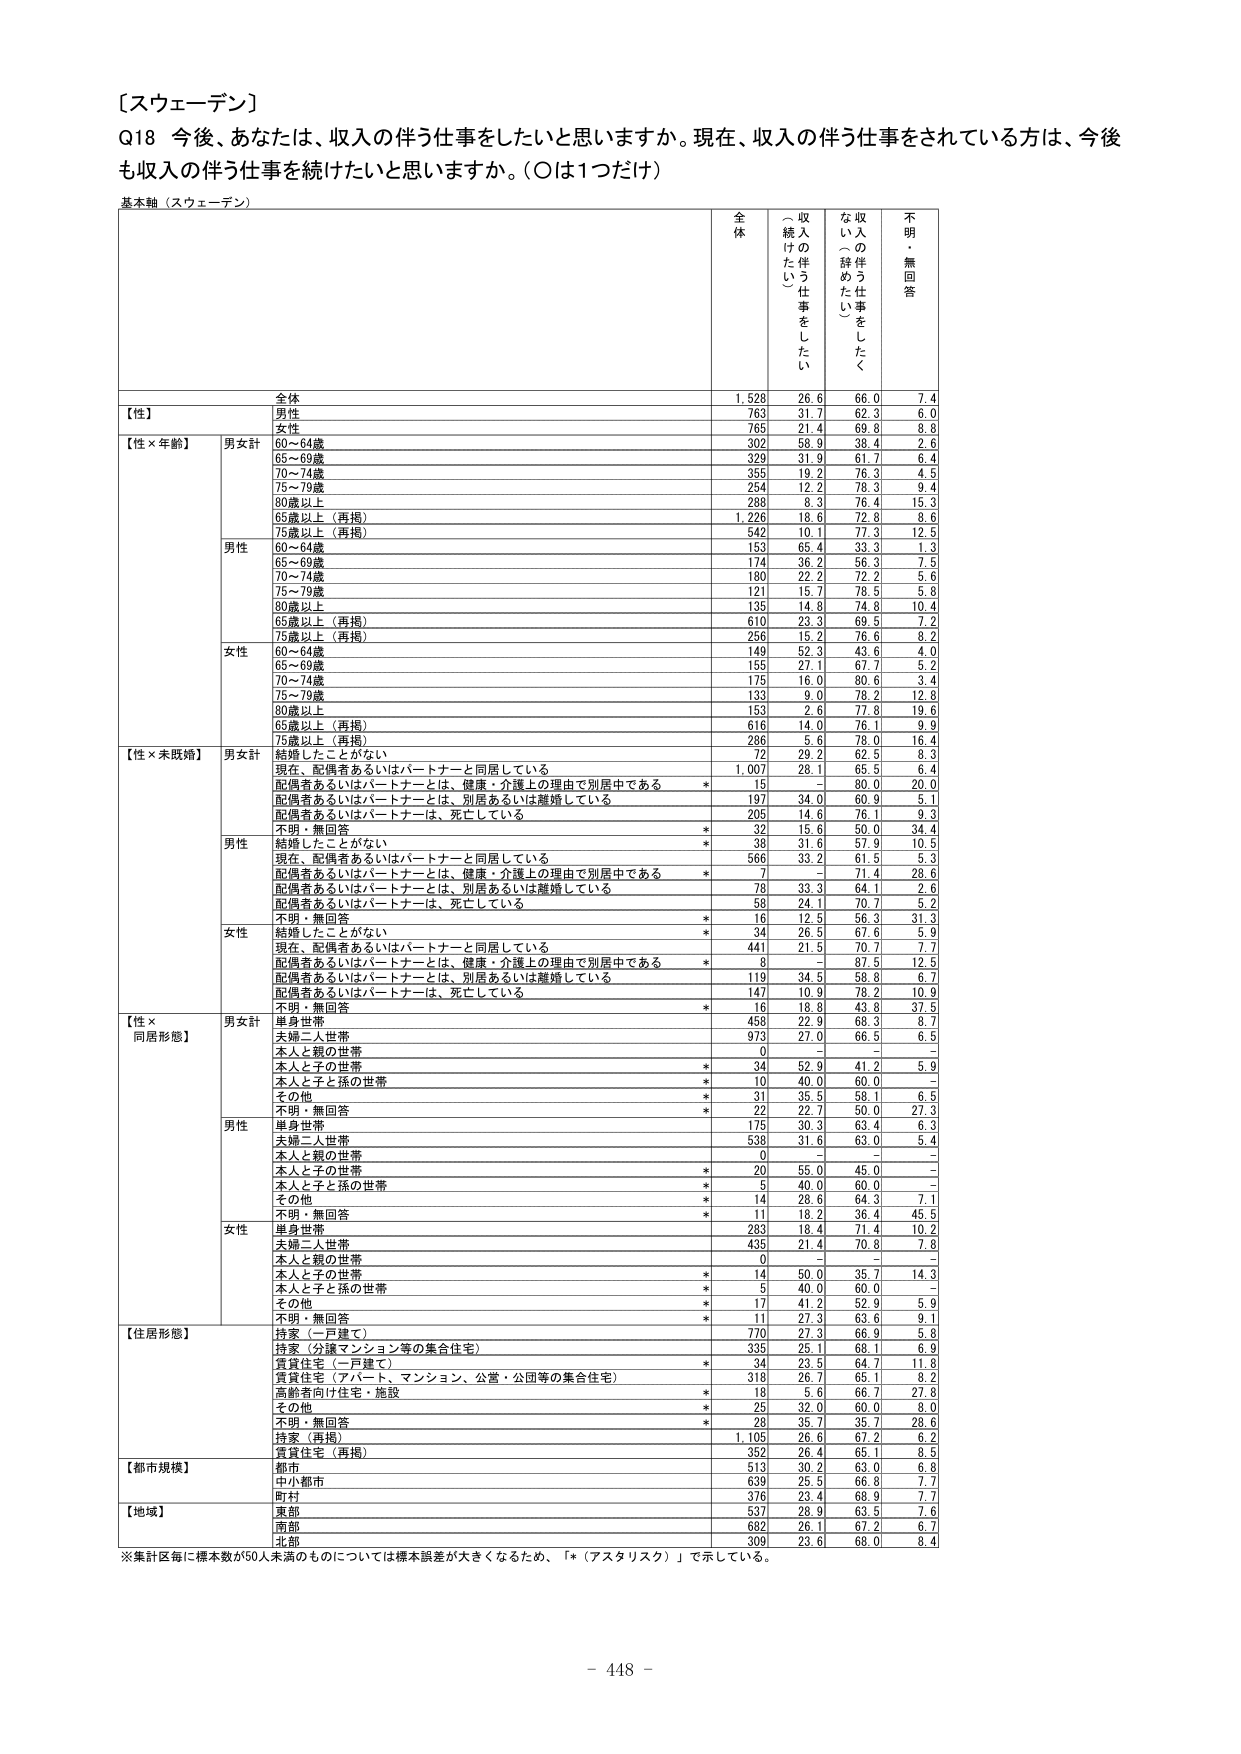
〔スウェーデン〕
Q18 今後、あなたは、収入の伴う仕事をしたいと思いますか。現在、収入の伴う仕事をされている方は、今後も収入の伴う仕事を続けたいと思いますか。（○は1つだけ）

基本軸（スウェーデン）

全 体
収入の伴う仕事をしたい
収入の伴う仕事をしたくない（辞めたい）
不明・無回答

全体
1,528
26.6
66.0
7.4

【性】
男性
763
31.7
62.3
6.0
女性
765
21.4
69.8
8.8

【性×年齢】
男女計
60～64歳
302
58.9
38.4
2.6
65～69歳
329
31.9
61.7
6.4
70～74歳
355
19.2
76.3
4.5
75～79歳
254
12.2
78.3
9.4
80歳以上
288
8.3
76.4
15.3
65歳以上（再掲）
1,226
18.6
72.8
8.6
75歳以上（再掲）
542
10.1
77.3
12.5

男性
60～64歳
153
65.4
33.3
1.3
65～69歳
174
36.2
56.3
7.5
70～74歳
180
22.2
72.2
5.6
75～79歳
121
15.7
78.5
5.8
80歳以上
135
14.8
74.8
10.4
65歳以上（再掲）
610
23.3
69.5
7.2
75歳以上（再掲）
256
15.2
76.6
8.2

女性
60～64歳
149
52.3
43.6
4.0
65～69歳
155
27.1
67.7
5.2
70～74歳
175
16.0
80.6
3.4
75～79歳
133
9.0
78.2
12.8
80歳以上
153
2.6
77.8
19.6
65歳以上（再掲）
616
14.0
76.1
9.9
75歳以上（再掲）
286
5.6
78.0
16.4

【性×未婚婚】
男女計
結婚したことがない
72
29.2
62.5
8.3
現在、配偶者あるいはパートナーと同居している
1,007
28.1
65.5
6.4
配偶者あるいはパートナーとは、健康・介護上の理由で別居中である
*
15
－
80.0
20.0
配偶者あるいはパートナーとは、別居あるいは離婚している
197
34.0
60.9
5.1
配偶者あるいはパートナーは、死亡している
205
14.6
76.1
9.3
不明・無回答
*
32
15.6
50.0
34.4

男性
結婚したことがない
*
38
31.6
57.9
10.5
現在、配偶者あるいはパートナーと同居している
566
33.2
61.5
5.3
配偶者あるいはパートナーとは、健康・介護上の理由で別居中である
*
7
－
71.4
28.6
配偶者あるいはパートナーとは、別居あるいは離婚している
78
33.3
64.1
2.6
配偶者あるいはパートナーは、死亡している
58
24.1
70.7
5.2
不明・無回答
*
16
12.5
56.3
31.3

女性
結婚したことがない
*
34
26.5
67.6
5.9
現在、配偶者あるいはパートナーと同居している
441
21.5
70.7
7.7
配偶者あるいはパートナーとは、健康・介護上の理由で別居中である
*
8
－
87.5
12.5
配偶者あるいはパートナーとは、別居あるいは離婚している
119
34.5
58.8
6.7
配偶者あるいはパートナーは、死亡している
147
10.9
78.2
10.9
不明・無回答
*
16
18.8
43.8
37.5

【性×同居形態】
男女計
単身世帯
458
22.9
68.3
8.7
夫婦二人世帯
973
27.0
66.5
6.5
本人と親の世帯
*
0
－
－
－
本人と子の世帯
*
34
52.9
41.2
5.9
本人と子と孫の世帯
*
10
40.0
60.0
－
その他
*
31
35.5
58.1
6.5
不明・無回答
*
22
22.7
50.0
27.3

男性
単身世帯
175
30.3
63.4
6.3
夫婦二人世帯
538
31.6
63.0
5.4
本人と親の世帯
*
0
－
－
－
本人と子の世帯
*
20
55.0
45.0
－
本人と子と孫の世帯
*
5
40.0
60.0
－
その他
*
14
28.6
64.3
7.1
不明・無回答
*
11
18.2
36.4
45.5

女性
単身世帯
283
18.4
71.4
10.2
夫婦二人世帯
435
21.4
70.8
7.8
本人と親の世帯
*
0
－
－
－
本人と子の世帯
*
14
50.0
35.7
14.3
本人と子と孫の世帯
*
5
40.0
60.0
－
その他
*
17
41.2
52.9
5.9
不明・無回答
*
11
27.3
63.6
9.1

【住居形態】
持家（一戸建て）
770
27.3
66.9
5.8
持家（分譲マンション等の集合住宅）
335
25.1
68.1
6.9
賃貸住宅（一戸建て）
*
34
23.5
64.7
11.8
賃貸住宅（アパート、マンション、公営・公団等の集合住宅）
318
26.7
65.1
8.2
高齢者向け住宅・施設
*
18
5.6
66.7
27.8
その他
*
25
32.0
60.0
8.0
不明・無回答
*
28
35.7
35.7
28.6
持家（再掲）
1,105
26.6
67.2
6.2
賃貸住宅（再掲）
352
26.4
65.1
8.5

【都市規模】
都市
513
30.2
63.0
6.8
中小都市
639
26.5
66.8
7.7
町村
376
23.4
68.9
7.7

【地域】
東部
537
28.9
63.5
7.6
南部
682
26.1
67.2
6.7
北部
309
23.6
68.0
8.4

※集計区毎に標本数が50人未満のものについては標本誤差が大きくなるため、「*（アスタリスク）」で示している。

- 448 -